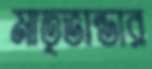
মাতৃভান্ডার